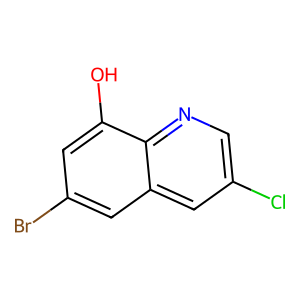
SMILES: Oc1cc(Br)cc2cc(Cl)cnc12
Inhibits HIV replication: No